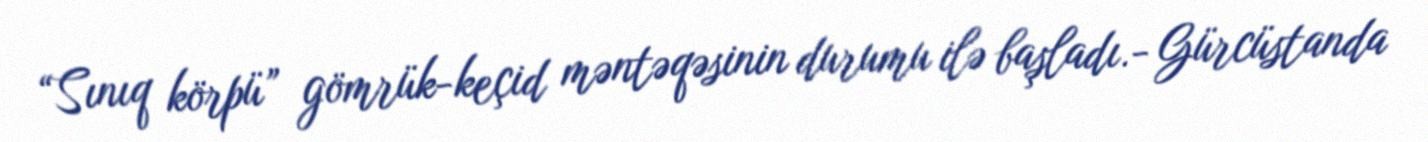
“Sınıq körpü” gömrük-keçid məntəqəsinin durumu ilə başladı.- Gürcüstanda